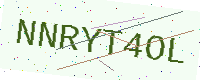
Text: NNRYT4OL